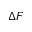
\Delta F